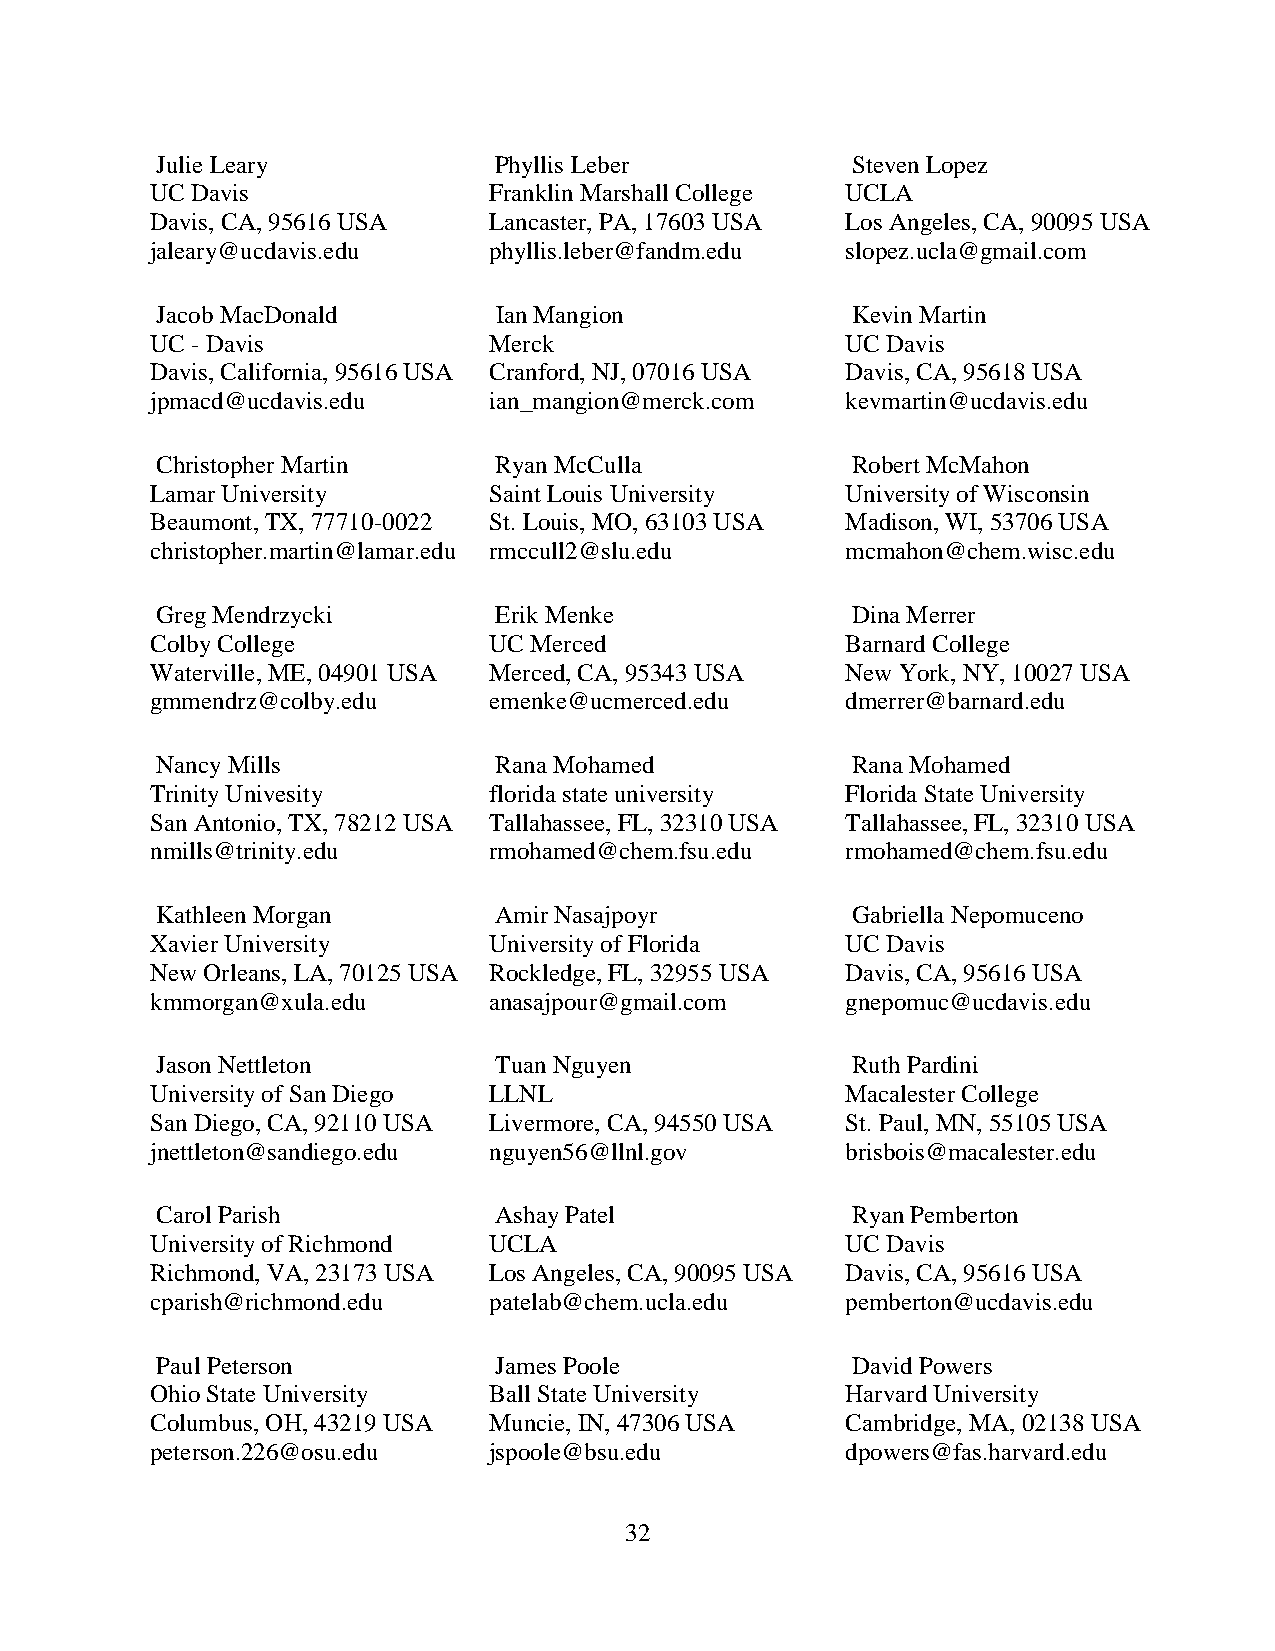
Julie Leary            Phyllis Leber          Steven Lopez
 UC Davis              Franklin Marshall College UCLA
 Davis, CA, 95616 USA  Lancaster, PA, 17603 USA Los Angeles, CA, 90095 USA
 jaleary@ucdavis.edu   phyllis.leber@fandm.edu slopez.ucla@gmail.com
 Jacob MacDonald        Ian Mangion            Kevin Martin
 UC - Davis            Merck                   UC Davis
 Davis, California, 95616 USA Cranford, NJ, 07016 USA Davis, CA, 95618 USA
 jpmacd@ucdavis.edu    ian_mangion@merck.com   kevmartin@ucdavis.edu
 Christopher Martin     Ryan McCulla           Robert McMahon
 Lamar University      Saint Louis University  University of Wisconsin
 Beaumont, TX, 77710-0022 St. Louis, MO, 63103 USA Madison, WI, 53706 USA
 christopher.martin@lamar.edu rmccull2@slu.edu mcmahon@chem.wisc.edu
 Greg Mendrzycki        Erik Menke             Dina Merrer
 Colby College         UC Merced               Barnard College
 Waterville, ME, 04901 USA Merced, CA, 95343 USA New York, NY, 10027 USA
 gmmendrz@colby.edu    emenke@ucmerced.edu     dmerrer@barnard.edu
 Nancy Mills            Rana Mohamed           Rana Mohamed
 Trinity Univesity     florida state university Florida State University
 San Antonio, TX, 78212 USA Tallahassee, FL, 32310 USA Tallahassee, FL, 32310 USA
 nmills@trinity.edu    rmohamed@chem.fsu.edu   rmohamed@chem.fsu.edu
 Kathleen Morgan        Amir Nasajpoyr         Gabriella Nepomuceno
 Xavier University     University of Florida   UC Davis
 New Orleans, LA, 70125 USA Rockledge, FL, 32955 USA Davis, CA, 95616 USA
 kmmorgan@xula.edu     anasajpour@gmail.com    gnepomuc@ucdavis.edu
 Jason Nettleton        Tuan Nguyen            Ruth Pardini
 University of San Diego LLNL                  Macalester College
 San Diego, CA, 92110 USA Livermore, CA, 94550 USA St. Paul, MN, 55105 USA
 jnettleton@sandiego.edu nguyen56@llnl.gov     brisbois@macalester.edu
 Carol Parish           Ashay Patel            Ryan Pemberton
 University of Richmond UCLA                   UC Davis
 Richmond, VA, 23173 USA Los Angeles, CA, 90095 USA Davis, CA, 95616 USA
 cparish@richmond.edu  patelab@chem.ucla.edu   pemberton@ucdavis.edu
 Paul Peterson          James Poole            David Powers
 Ohio State University Ball State University   Harvard University
 Columbus, OH, 43219 USA Muncie, IN, 47306 USA Cambridge, MA, 02138 USA
 peterson.226@osu.edu  jspoole@bsu.edu         dpowers@fas.harvard.edu
 32